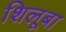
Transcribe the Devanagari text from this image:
शिलूबा